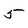
Character: 5